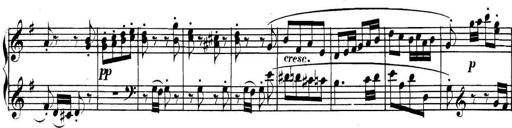
Title: Collected Piano Sonatas
Composer: Muzio Clementi